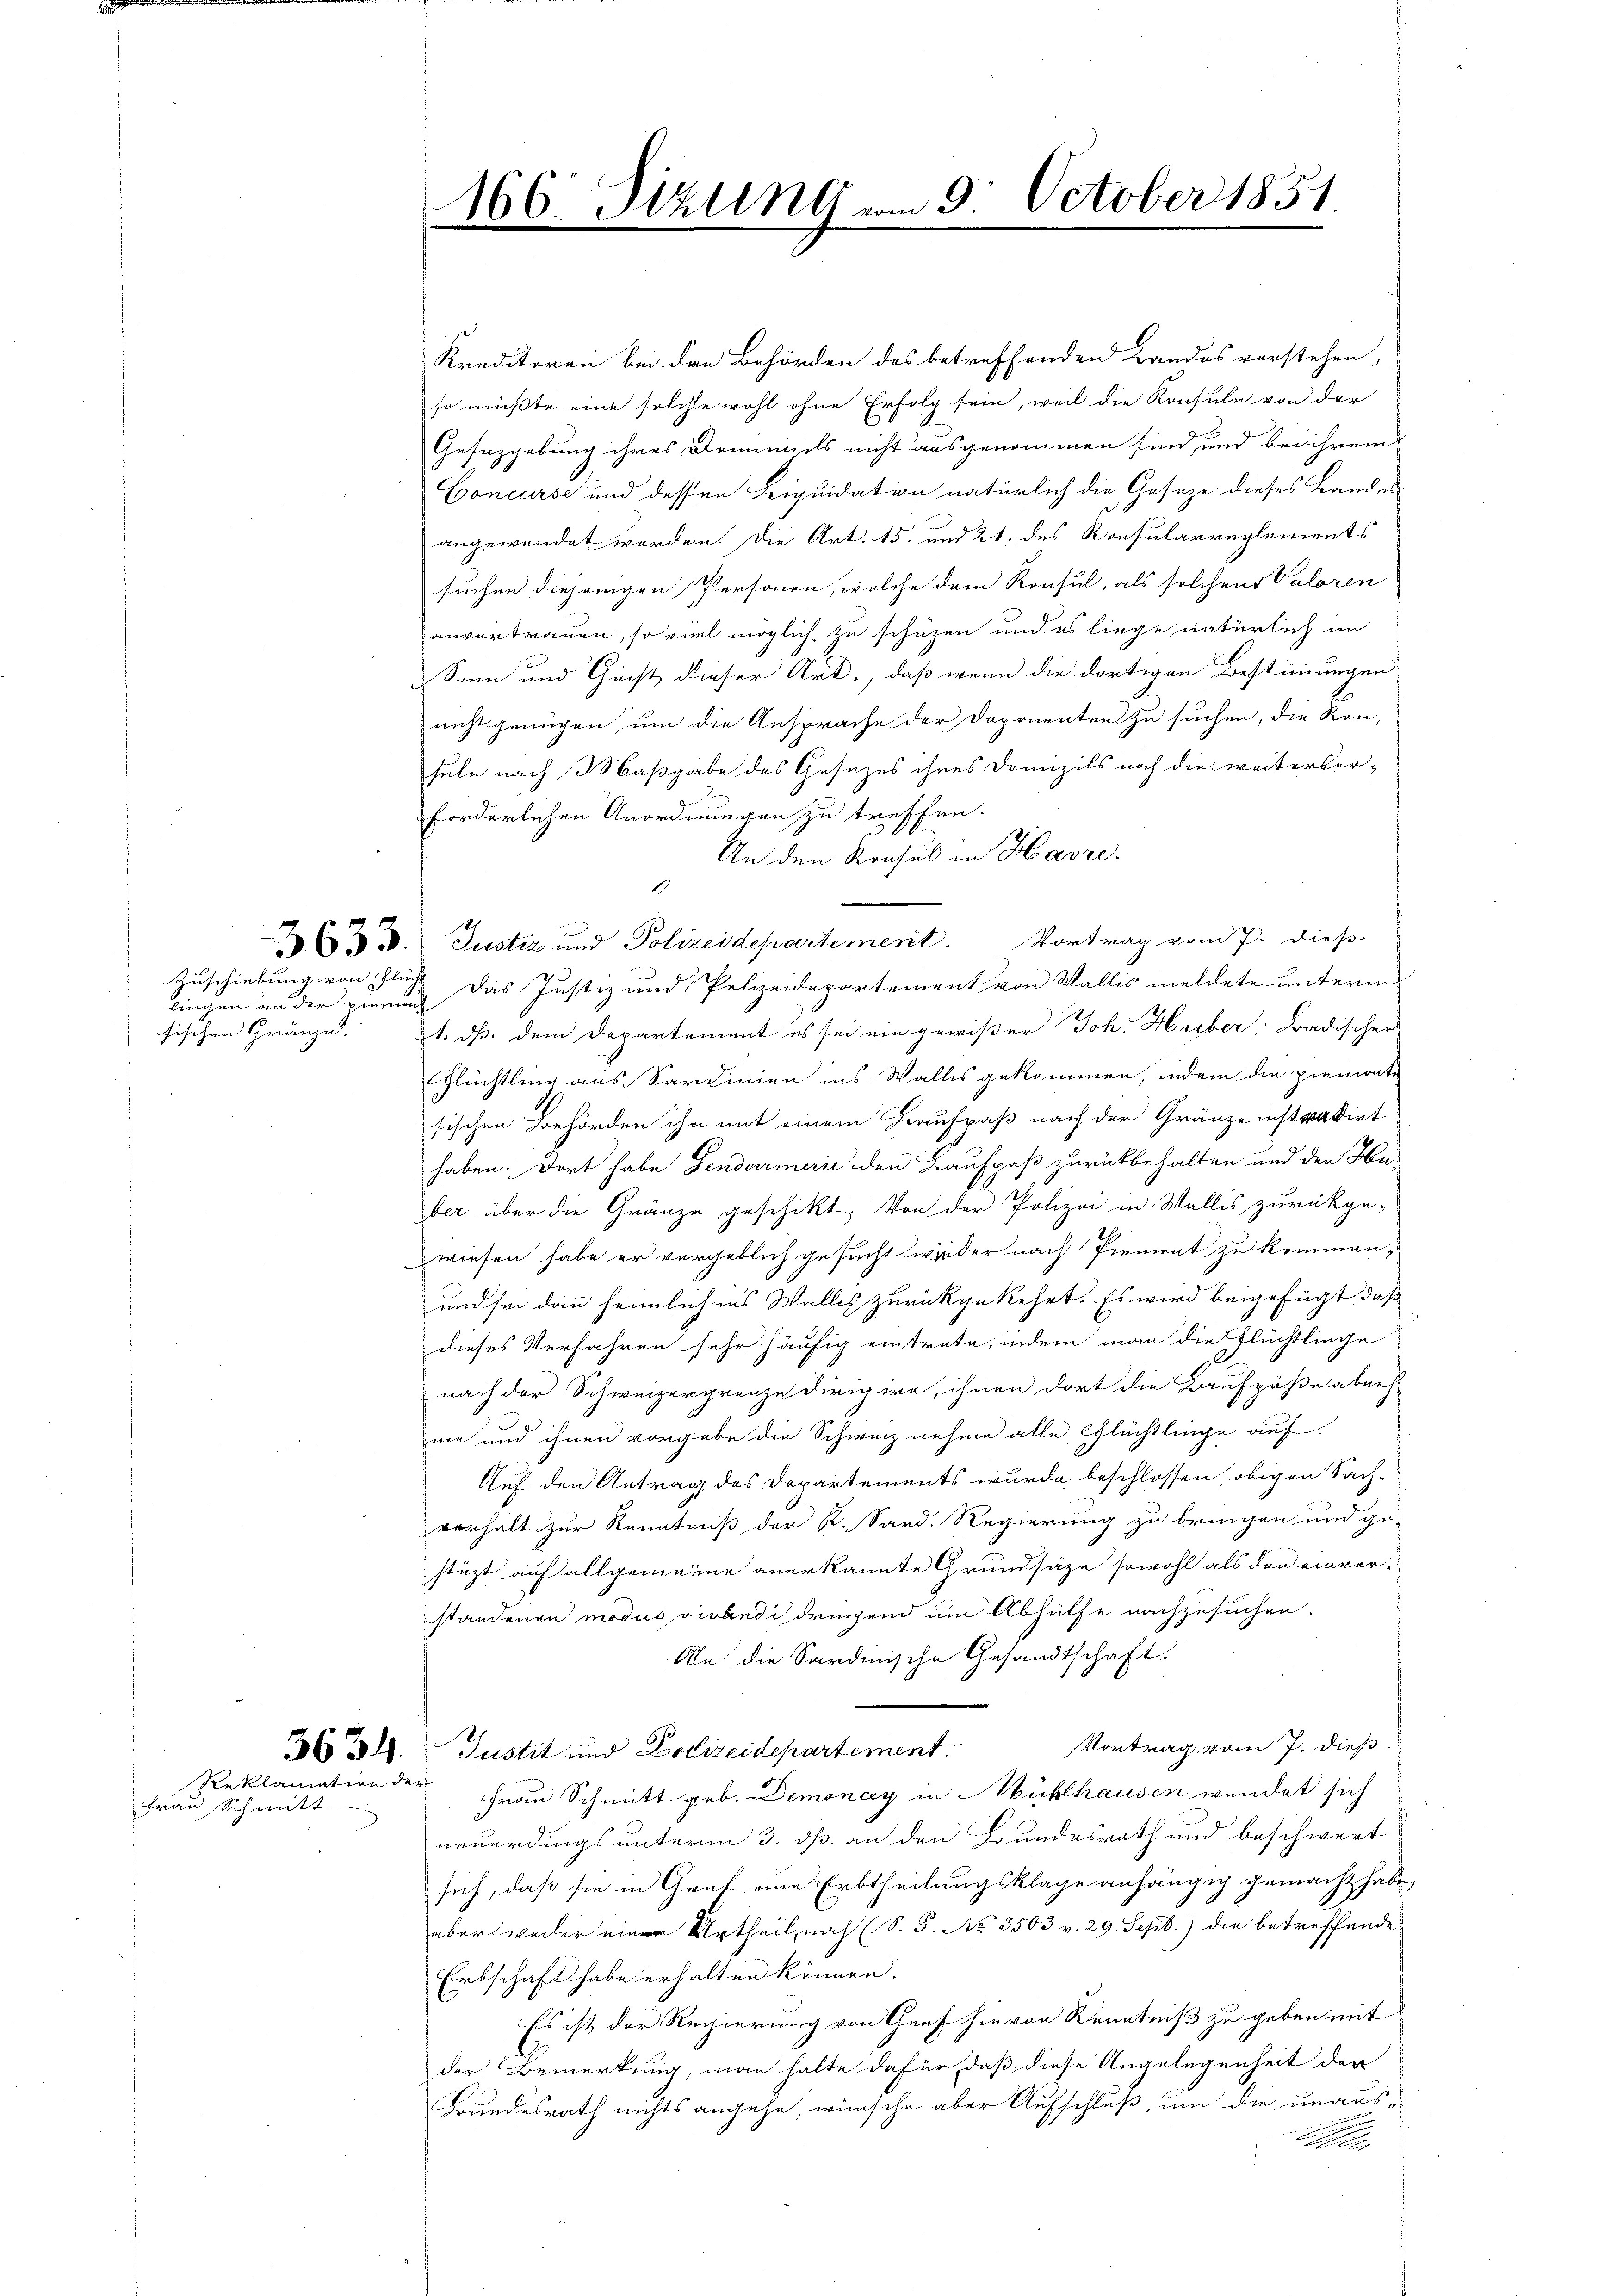
sischen Gränze.

Zuschiebung von Flucht |

Reklamation der
Frau Schmitt

Kreditoren bei den Behörden des betreffenden Landos verstehen,
so müßte eine solche wohl ohne Erfolg sein, weil die Konsule von der
Gesetzgebung ihres Domizils nicht ausgenommen sind, und bei ihrem
Concurse und dessen Leiquidation natürlich die Geseze dieses Bandes
angewendet worden. Die Art. 15. und 21. des Konsularreglements
suchen diejenigen Personen, welche dem Konsul, als solchen Valoren
anvortrauen, so viel möglich zu schützen und es liege natürlich im
Sinn und Ginst dieser Art., daß wenn die dortigen Bestimmungen
nicht genügen, um die Ansprache der Doponenten zu suchen, die Ron,
sule nach Maßgabe des Gesezes ihres Domizils noch die weiterber-
d
forderlichen Anordnungen zu treffen.
An den Konsul in Havre.
1
x 3. Justiz und Polizeidepartement. Vortrag vom 7. dieß-
lingen an der ging das Justiz und Polizeidepartement von Wallis meldete unterm
1. dß. dem Departement es sei ein gewißer Joh. Huber, Badischer
Flüchtling aus Sardinien ins Wallis gekommen, indem die piemonte
sischen Behörden ihn mit einem Grauspaß nach der Gränze instradirt
haben. Dort habe Gendarmerie den Baufpaß zurückbehalten und den Haber über die Gränze geschikt, von der Polizei in Wallis zurückge-
wiesen habe er vergeblich gesucht wieder nach Piemont zu kommen,
und sei dann heimlich ins Wallis zurückgekehrt. Es wird beigefügt, daß
dieses Verfahren sehr häufig eintrete, indem man die Flüchtlinge
nach der Schweizergrenze dirigire, ihnen dort die Kaufpäße abneh-
me und ihnen vorgebe die Schweiz nehme alle Flüchtlinge auf.
Auf den Antrag des Departements wurde beschlossen, obigen Sachverhalt zur Kenntniß der K. Sard. Regierung zu bringen und ge-
stüzt auf allgemeine anerkannte Grundsätze sowohl als der einver-
standenen modus verbedi dringend um Abhülfe nachzusuchen.
An die Sardinische Gesandtschaft.
Vortrag vom 7. dieß.
36 31. Justit und Polizeidepartement.
Frau Schmitt geb. Demonay in Mühlhausen wendet sich
neuerdings unterm 3. dß. an den Bundesrath und beschwert
sich, daß sie in Graf eine Erbtheilungsklage anhängig gemacht habe,
aber weder eine Urtheil, nach (S. S. No. 3503 v. 29. Sept.) die betreffende
Erbschaft habe erhalten können.
Es ist der Regierung von Genf hievon Kenntniß zu geben mit
der Bemerkung, man halte dafür, daß diese Angelegenheit der
Bundesrath nichts angehe, wünsche aber Aufschluß, um die unaus-

166. Italing vom 9. October 1851.